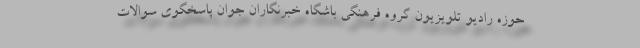
حوزه رادیو تلویزیون گروه فرهنگی باشگاه خبرنگاران جوان پاسخگوی سوالات